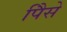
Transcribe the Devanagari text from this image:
पैिसे